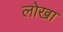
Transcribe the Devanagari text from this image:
लोखा